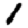
Digit: 1